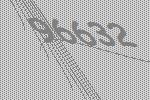
96632